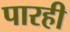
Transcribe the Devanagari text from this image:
पारही